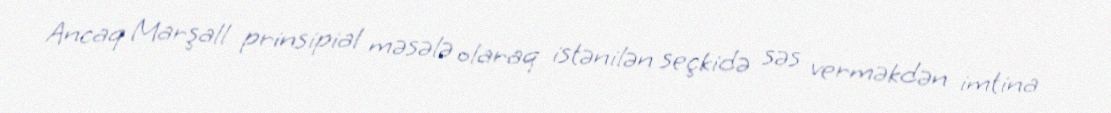
Ancaq Marşall prinsipial məsələ olaraq istənilən seçkidə səs verməkdən imtina